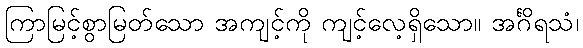
ကြာမြင့်စွာမြတ်သော အကျင့်ကို ကျင့်လေ့ရှိသော။ အင်္ဂိရသံ၊